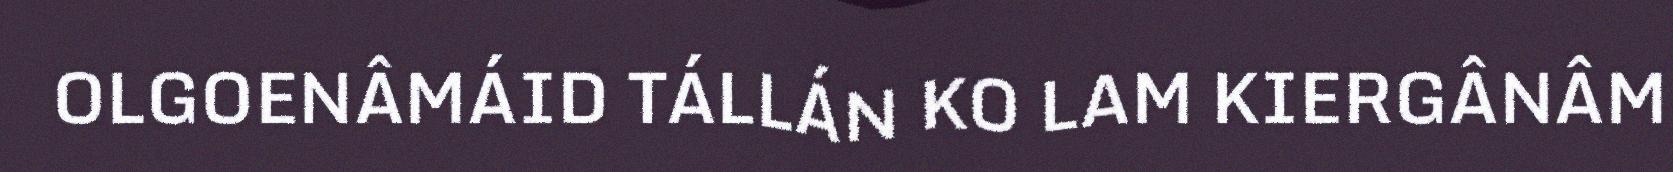
OLGOENÂMÁID TÁLLÁN KO LAM KIERGÂNÂM